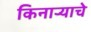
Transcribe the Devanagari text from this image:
किनाऱ्याचे